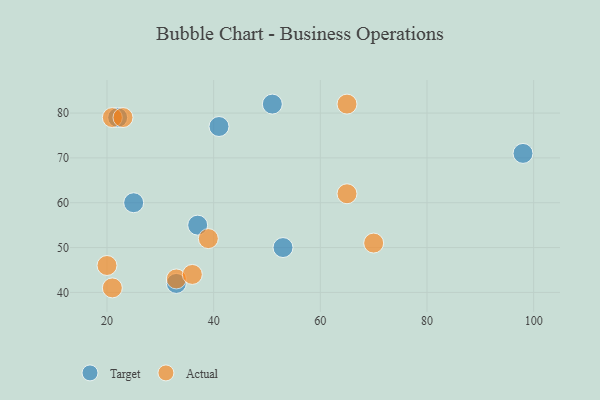
{"axis": {"x": "GDP", "y": "Life Expectancy"}, "legend": ["Actual", "Target"], "data": [{"x": "53", "y": 50, "type": "Target"}, {"x": "37", "y": 55, "type": "Target"}, {"x": "25", "y": 60, "type": "Target"}, {"x": "33", "y": 42, "type": "Target"}, {"x": "41", "y": 77, "type": "Target"}, {"x": "22", "y": 79, "type": "Target"}, {"x": "51", "y": 82, "type": "Target"}, {"x": "98", "y": 71, "type": "Target"}, {"x": "20", "y": 46, "type": "Actual"}, {"x": "33", "y": 43, "type": "Actual"}, {"x": "65", "y": 62, "type": "Actual"}, {"x": "21", "y": 41, "type": "Actual"}, {"x": "70", "y": 51, "type": "Actual"}, {"x": "65", "y": 82, "type": "Actual"}, {"x": "36", "y": 44, "type": "Actual"}, {"x": "39", "y": 52, "type": "Actual"}, {"x": "21", "y": 79, "type": "Actual"}, {"x": "23", "y": 79, "type": "Actual"}]}